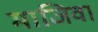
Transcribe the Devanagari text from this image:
माजिवा